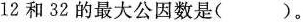
12和32的最大公因数是()。